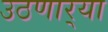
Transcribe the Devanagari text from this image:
उठणार्‍या